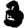
Digit: 3